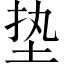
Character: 垫